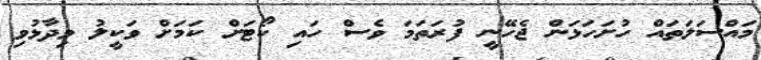
މައްސަލަތައް ހުށަހަޅަން ޖެހޭނީ ފުރަތަމަ ވެސް ހައި ކޯޓަށް ކަމަށް ވަކީލު ވިދާޅުވި